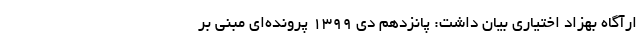
ارآگاه بهزاد اختیاری بیان داشت: پانزدهم دی ۱۳۹۹ پرونده‌ای مبنی بر